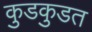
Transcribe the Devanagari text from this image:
कुडकुडत